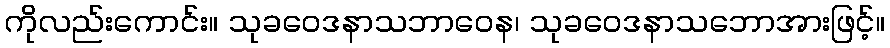
ကိုလည်းကောင်း။ သုခဝေဒနာသဘာဝေန၊ သုခဝေဒနာသဘောအားဖြင့်။